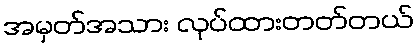
အမှတ်အသား လုပ်ထားတတ်တယ်